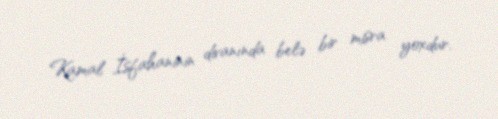
Kamal İsfahaninin divanında belə bir misra yoxdur.